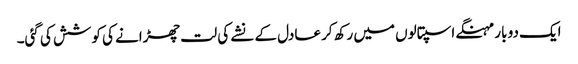
ایک دو بار مہنگے اسپتالوں میں رکھ کر عادل کے نشے کی لت چھڑانے کی کوشش کی گئی۔